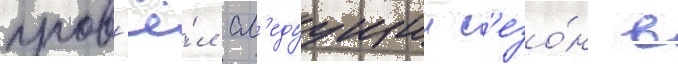
пров'ё́л сл'едуущии с'езо́н в